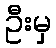
ဦးမှ